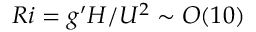
R i = g ^ { \prime } H / U ^ { 2 } \sim O ( 1 0 )